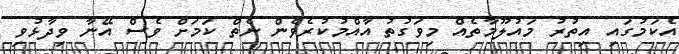
އެކަމުގައި އިތުރު މައުލޫމާތެއް މިވަގުތު އާއްމުކުރެވެން ނެތް ކަމަށް ވެސް އޭނާ ވިދާޅުވި